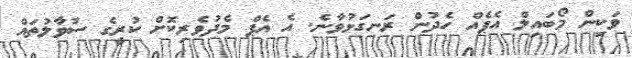
ވަކިން މޯބައިލް އެޕެއް ހެދުން ރަނގަޅުވާނެ. އެ އެޕް މެދުވެރިކޮށް ކުރީގެ ސުވާލުތައް